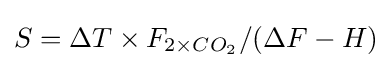
S=\Delta T\times F_{2\times CO_{2}}/(\Delta F-H)